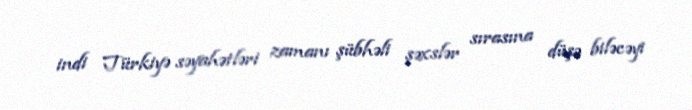
indi Türkiyə səyahətləri zamanı şübhəli şəxslər sırasına düşə biləcəyi